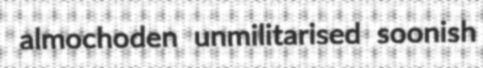
almochoden unmilitarised soonish